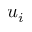
u _ { i }